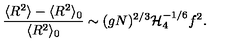
\frac { \langle R ^ { 2 } \rangle - \langle R ^ { 2 } \rangle _ { 0 } } { \langle R ^ { 2 } \rangle _ { 0 } } \sim ( g N ) ^ { 2 / 3 } { \cal H } _ { 4 } ^ { - 1 / 6 } f ^ { 2 } .